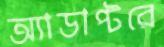
অ্যাডাপ্টরে